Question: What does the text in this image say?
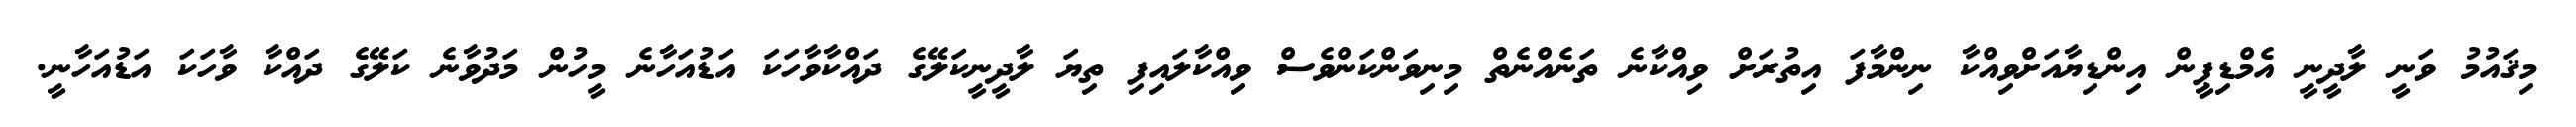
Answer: މިޤައުމު ވަނީ ލާދީނީ އެމްޑިޕީން އިންޑިޔާއަށްވިއްކާ ނިންމާފަ އިތުރަށް ވިއްކާނެ ތަނެއްނެތް މިނިވަންކަންވެސް ވިއްކާލައިފި ތިޔަ ލާދީނީކަލޭގެ ދައްކާވާހަކަ އަޑުއަހާނެ މީހުން މަދުވާނެ ކަލޭގެ ދައްކާ ވާހަކަ އަޑުއަހާނީ.